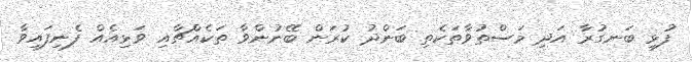
ފުޅި ބަނގުރާ އަދި މަސްތުވާތަކެތި ބަންދު ކުރަން ބޭނުންވާ ތަކެއްޗާއި ވަޅިއެއް ފެނިފައިވާ